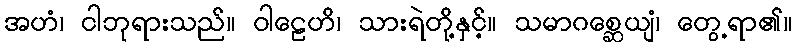
အဟံ၊ ငါဘုရားသည်။ ဝါဠေဟိ၊ သားရဲတို့နှင့်။ သမာဂစ္ဆေယျံ၊ တွေ့ရာ၏။